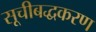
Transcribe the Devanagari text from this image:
सूचीबद्धकरण